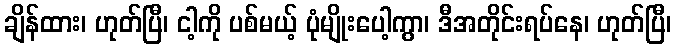
ချိန်ထား၊ ဟုတ်ပြီ၊ ငါ့ကို ပစ်မယ့် ပုံမျိုးပေါ့ကွာ၊ ဒီအတိုင်းရပ်နေ၊ ဟုတ်ပြီ၊